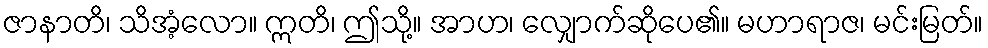
ဇာနာတိ၊ သိအံ့လော။ ဣတိ၊ ဤသို့။ အာဟ၊ လျှောက်ဆိုပေ၏။ မဟာရာဇ၊ မင်းမြတ်။